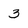
Character: 3